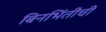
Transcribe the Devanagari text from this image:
बिनभिंतीची